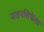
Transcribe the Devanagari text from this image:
जलनलिकेला